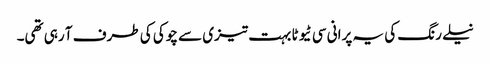
نیلے رنگ کی یہ پرانی سی ٹیوٹا بہت تیزی سے چوکی کی طرف آ رہی تھی۔